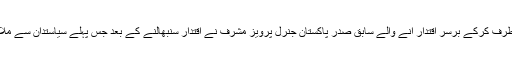
نواز شریف کی دوسری حکومت برطرف کرکے برسر اقتدار آنے والے سابق صدر پاکستان جنرل پرویز مشرف نے اقتدار سنبھالنے کے بعد جس پہلے سیاستدان سے ملاقات کی تھی تو وہ اجمل خٹک تھے۔